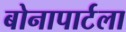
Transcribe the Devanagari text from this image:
बोनापार्टला